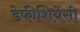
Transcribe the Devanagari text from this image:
डेफीशियेंसी